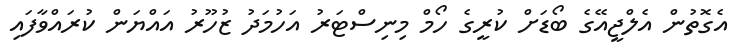
އެގޮތުން އެލްޖީއޭގެ ބޯޑަށް ކުރީގެ ހޯމް މިނިސްޓަރު އަހުމަދު ޒުހޫރު އައްޔަން ކުރައްވާފައި